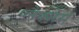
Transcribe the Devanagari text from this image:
प्लैक्सेस